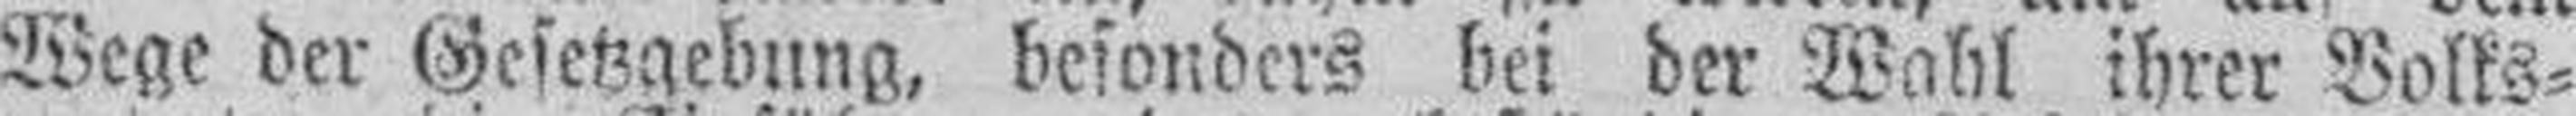
Wege der Gesetzgebung, besonders bei der Wahl ihrer Volks¬